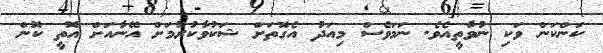
ކަންކަން ވަކި ނުވާތީއެވެ. ނަމަވެސް މިއަދު އެގޮތަށް ޝަކުވާކުރުމަށް އޭނާއަށް އޮތީ ކޮން